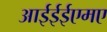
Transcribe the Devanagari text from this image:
आईईईएमए